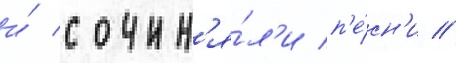
и́ сочин'я́л'и п'е́сн'и //